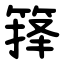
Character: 箨